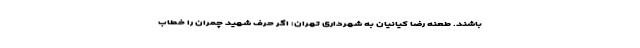
باشند. طعنه رضا کیانیان به شهرداری تهران: اگر حرف شهید چمران را خطاب